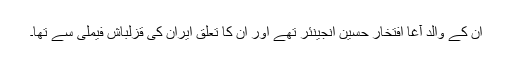
ان کے والد آغا افتخار حسین انجینئر تھے اور ان کا تعلق ایران کی قزلباش فیملی سے تھا۔